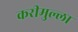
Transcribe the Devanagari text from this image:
करीमुल्ला